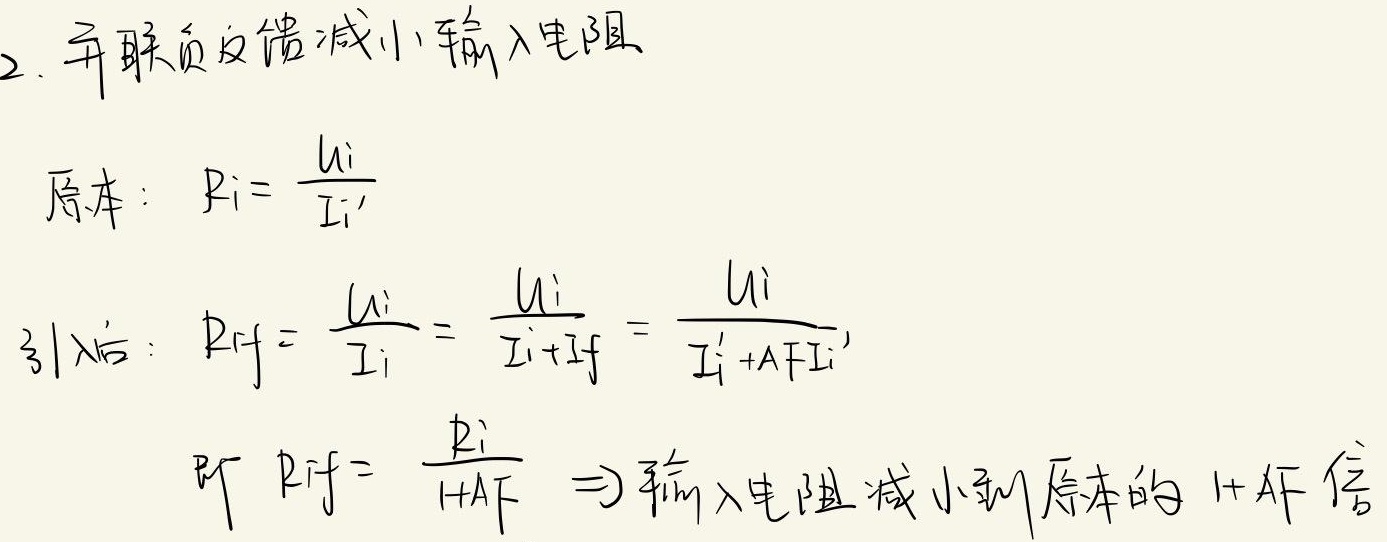
2. 并联负反馈减小输入电阻
原本：\(R_i = \frac{U_i}{I_i'}\)
引入后：\(R_{if} = \frac{U_i}{I_i} = \frac{U_i}{I_i'+I_f} = \frac{U_i}{I_i'+AFI_i'}\)
即\(R_{if} = \frac{R_i}{1 + AF}\Rightarrow\)输入电阻减小到原本的\(\frac{1}{1 + AF}\) 倍